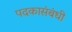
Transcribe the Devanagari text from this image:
पदकासंबंधी